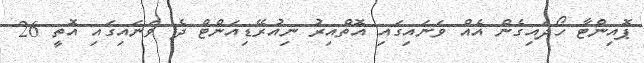
ޕޮއިންޓާ ހޯދައިގެން އެއް ވަނައިގައި އޮތްއިރު ނިއުރޭޑިއަންޓް ދެ ވަނައިގައި އޮތީ 26